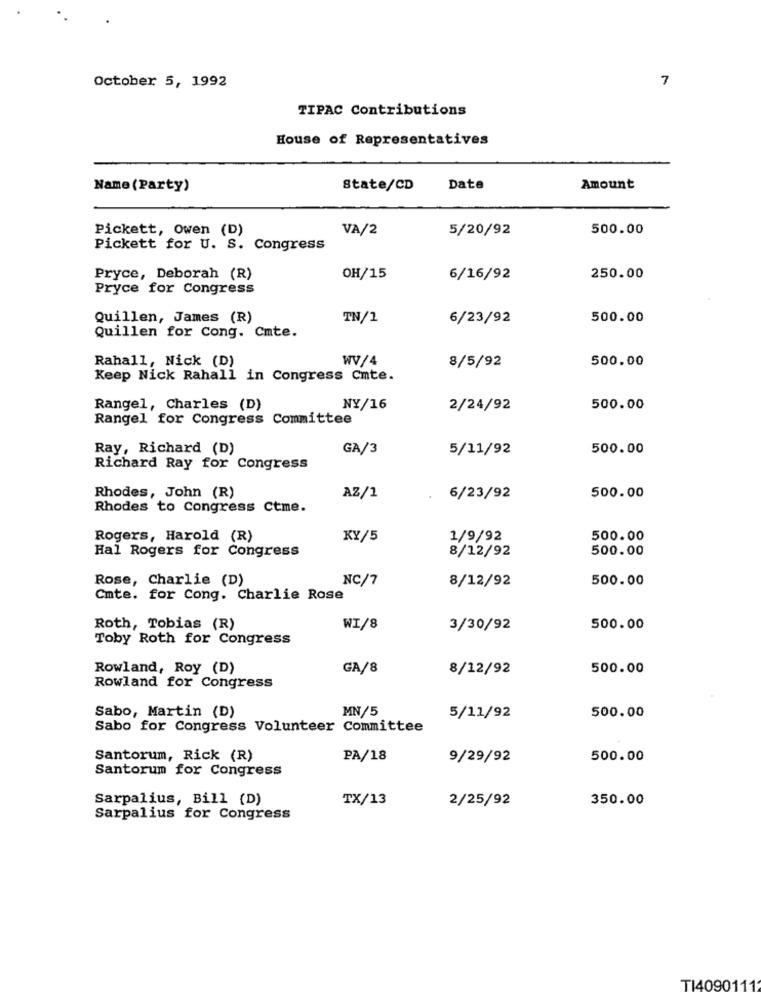
7
October 5, 1992
TIPAC Contributions
House of Representatives
Name (Party)
State/CD
Date
Amount
Pickett, owen (D)
VA/2
5/20/92
500.00
Pickett for U. S. Congress
Pryce, Deborah (R)
OH/15
6/16/92
250.00
Pryce for Congress
Quillen, James (R)
TN/1
6/23/92
500.00
Quillen for Cong. Cmte.
Rahall, Nick (D)
WV/4
8/5/92
500.00
Keep Nick Rahall in Congress Cmte.
Rangel, Charles (D)
NY/16
2/24/92
500.00
Rangel for Congress Committee
Ray, Richard (D)
GA/3
5/11/92
500.00
Richard Ray for Congress
Rhodes, John (R)
AZ/1
6/23/92
500.00
Rhodes to Congress Ctme.
Rogers, Harold (R)
KY/5
1/9/92
500.00
Hal Rogers for Congress
500.00
8/12/92
Rose, Charlie (D)
NC/7
8/12/92
500.00
Cmte. for Cong. Charlie Rose
Roth, Tobias (R)
WI/8
3/30/92
500.00
Toby Roth for Congress
Rowland, Roy (D)
GA/8
8/12/92
500.00
Rowland for Congress
MN/5
Sabo, Martin (D)
5/11/92
500.00
Sabo for Congress Volunteer Committee
Santorum, Rick (R)
PA/18
9/29/92
500.00
Santorum for Congress
Sarpalius, Bill (D)
TX/13
2/25/92
350.00
Sarpalius for Congress
TI4090111